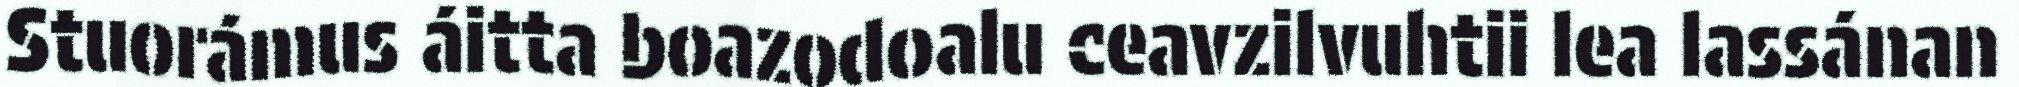
Stuorámus áitta boazodoalu ceavzilvuhtii lea lassánan